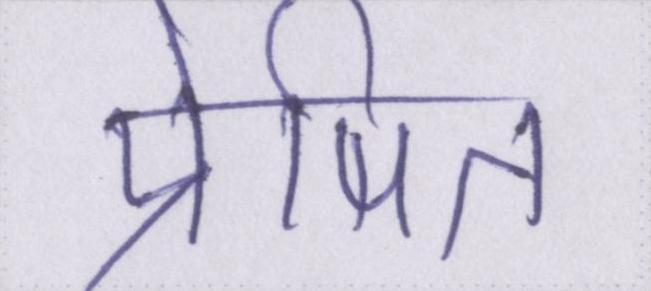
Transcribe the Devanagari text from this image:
प्रेषित